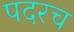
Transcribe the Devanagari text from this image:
पदरच